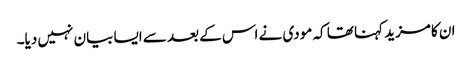
ان کا مزید کہنا تھا کہ مودی نے اس کے بعد سے ایسا بیان نہیں دیا۔